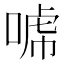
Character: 𰈈